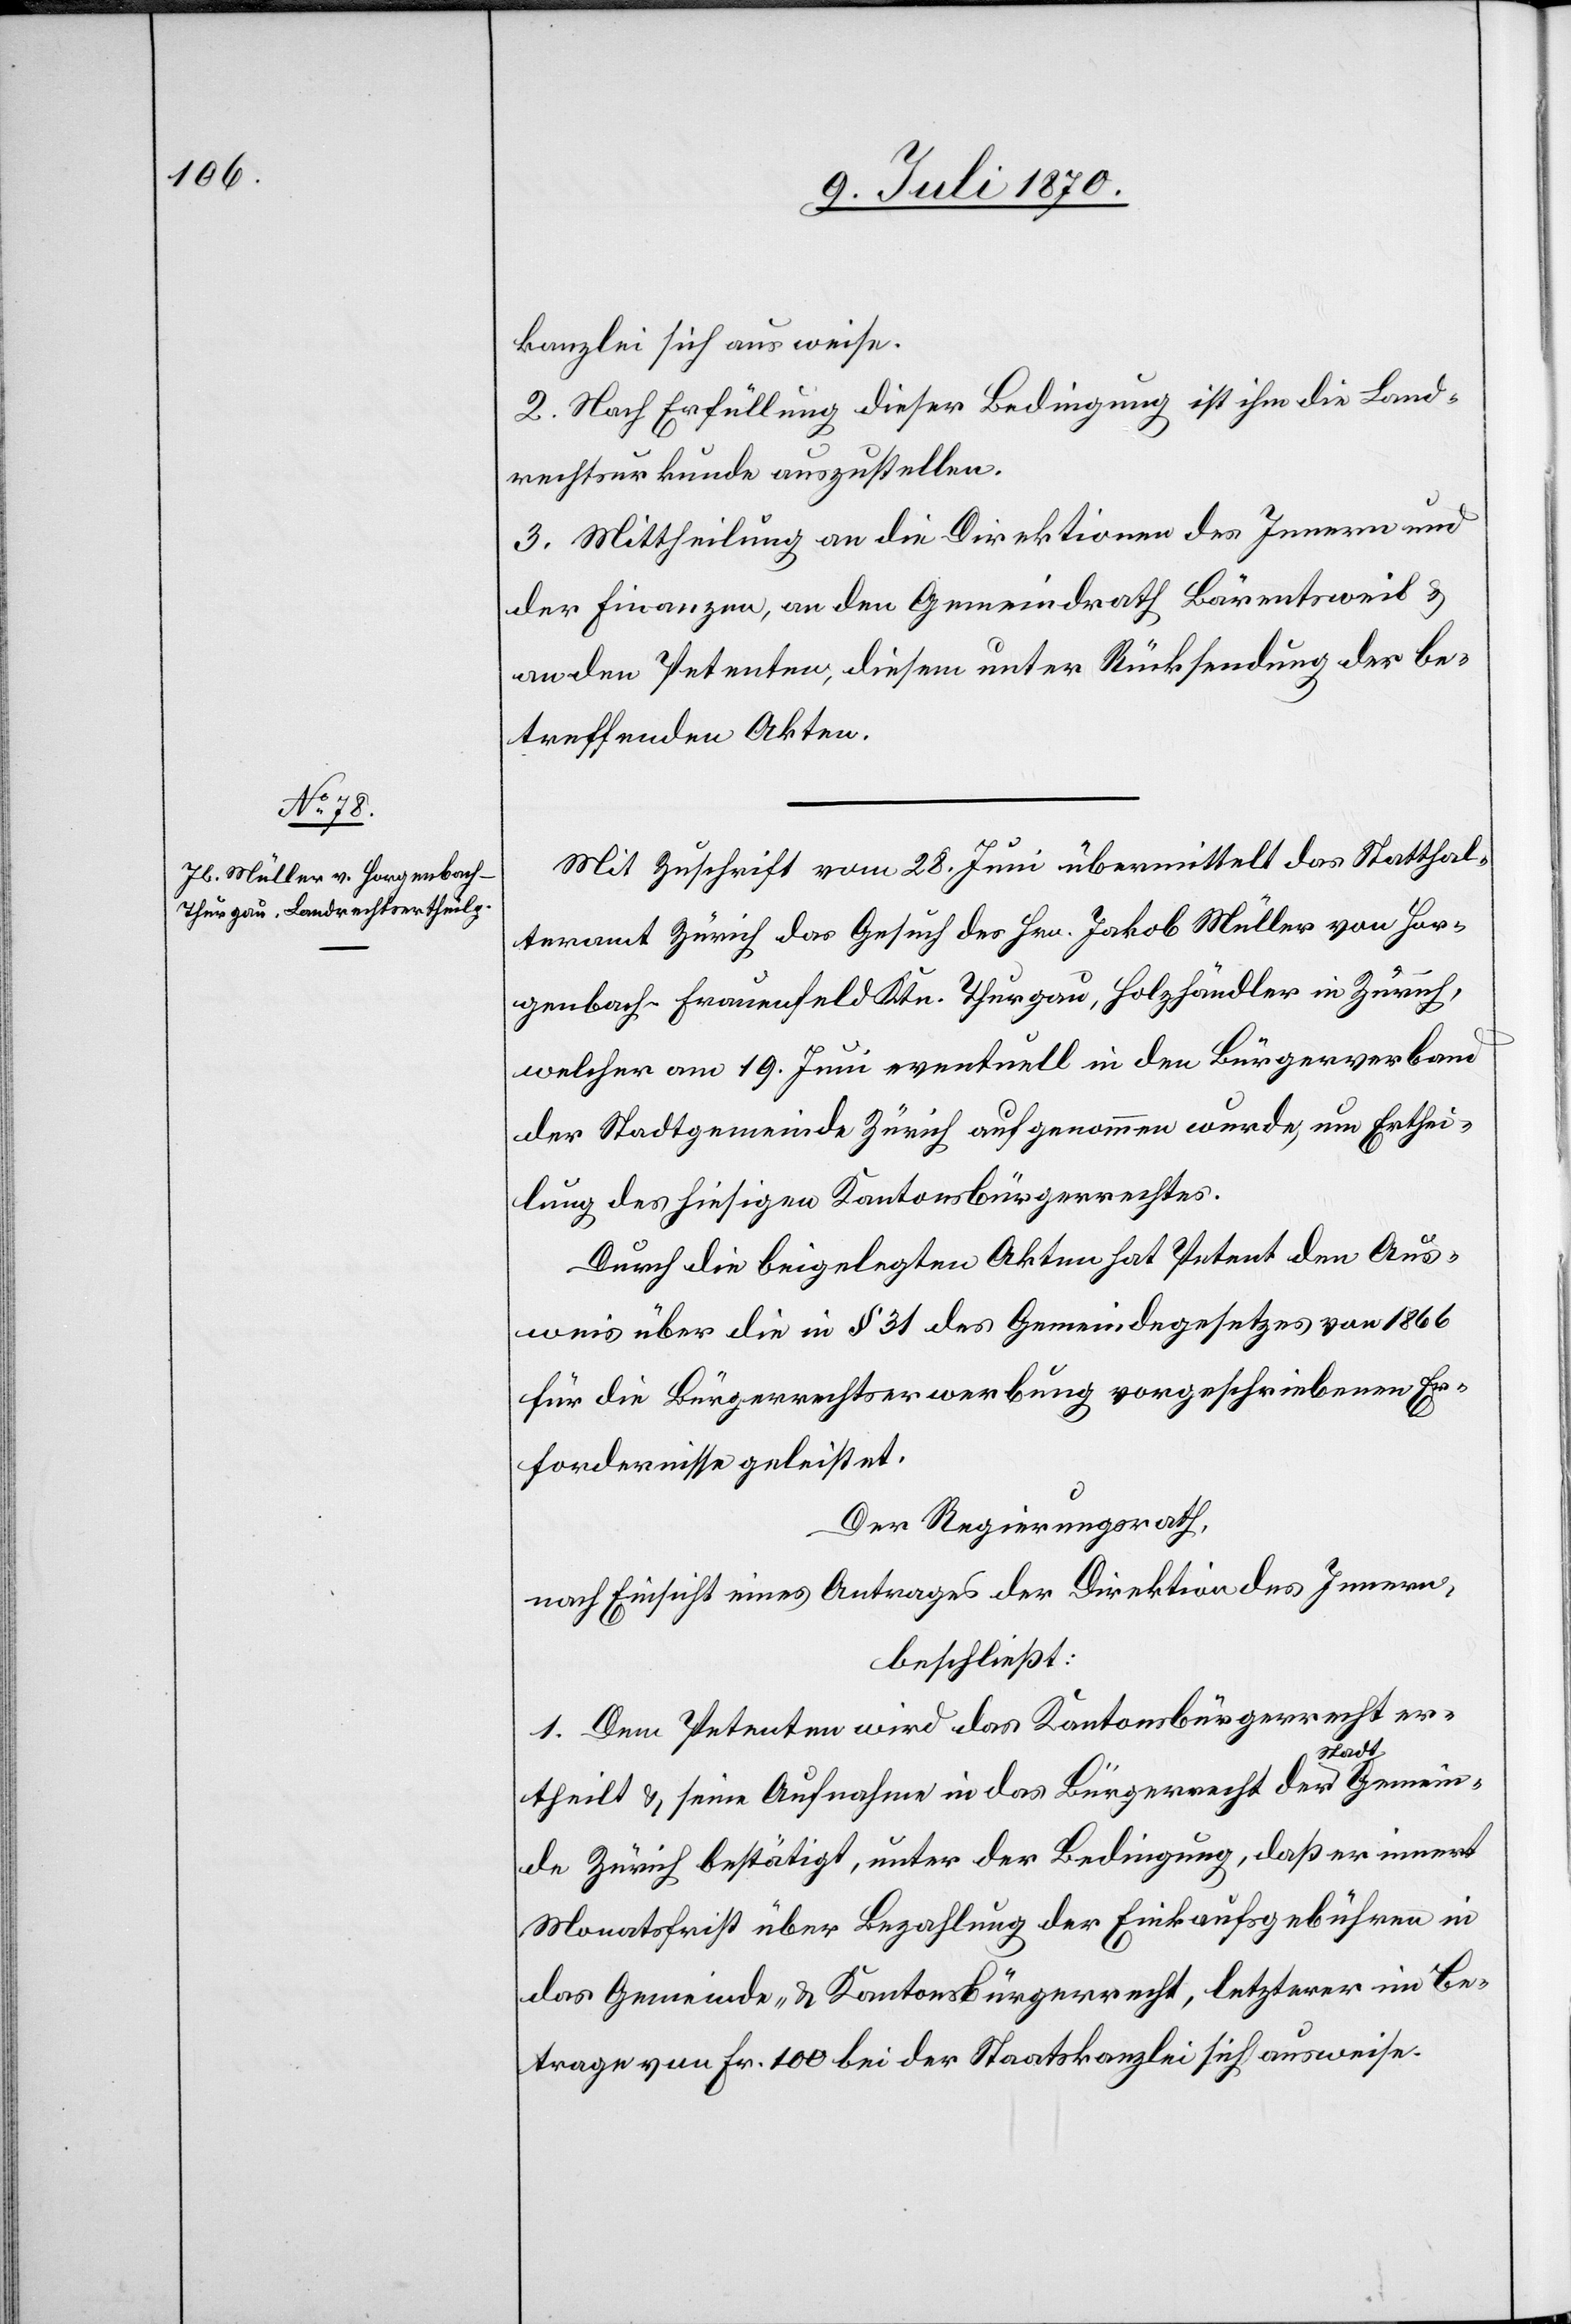
kanzlei sich ausweise.
2. Nach Erfüllung dieser Bedingung ist ihm die Land¬
rechtsurkunde auszustellen.
3. Mittheilung an die Direktionen des Innern und
der Finanzen, an den Gemeindrath Bärentsweil &
an den Petenten, diesem unter Rücksendung der be¬
treffenden Akten.
Mit Zuschrift vom 28. Juni übermittelt das Statthal¬
teramt Zürich das Gesuch des Hrn. Jakob Müller von Hor¬
genbach - Frauenfeld Ktn. Thurgau, Holzhändler in Zürich,
welcher am 19. Juni eventuell in den Bürgerverband
der Stadtgemeinde Zürich aufgenommen wurde, um Erthei¬
lung des hiesigen Kantonsbürgerrechtes.
Durch die beigelegten Akten hat Petent den Aus¬
weis über die in § 31 des Gemeindegesetzes von 1866
für die Bürgerrechtserwerbung vorgeschriebenen Er¬
fordernisse geleistet.
Der Regierungsrath,
nach Einsicht eines Antrages der Direktion des Innern,
beschließt:
1. Dem Petenten wird das Kantonsbürgerrecht er¬
theilt & seine Aufnahme in das Bürgerrecht der Stadtgemein¬
de Zürich bestätigt, unter der Bedingung, daß er innert
Monatsfrist über Bezahlung der Einkaufsgebühren in
das Gemeinde- und Kantonsbürgerrecht, letzterer im Be¬
trage von Fr. 100 bei der Staatskanzlei sich ausweise.